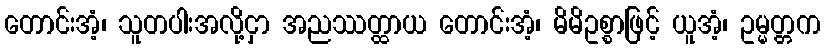
တောင်းအံ့၊ သူတပါးအလို့ငှာ အညဿတ္ထာယ တောင်းအံ့၊ မိမိဥစ္စာဖြင့် ယူအံ့၊ ဥမ္မတ္တက